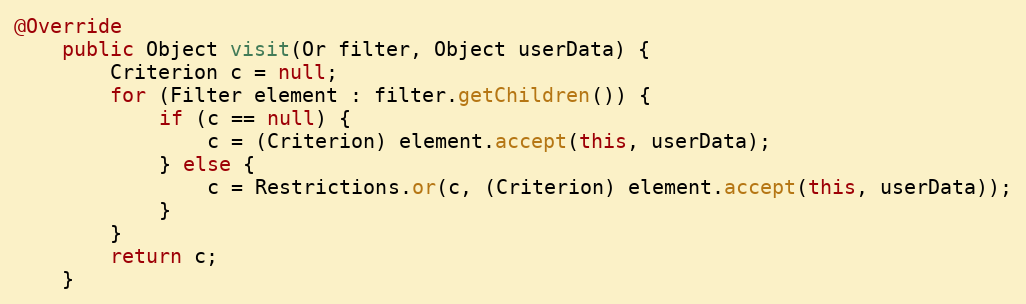
Language: Java
@Override
	public Object visit(Or filter, Object userData) {
		Criterion c = null;
		for (Filter element : filter.getChildren()) {
			if (c == null) {
				c = (Criterion) element.accept(this, userData);
			} else {
				c = Restrictions.or(c, (Criterion) element.accept(this, userData));
			}
		}
		return c;
	}